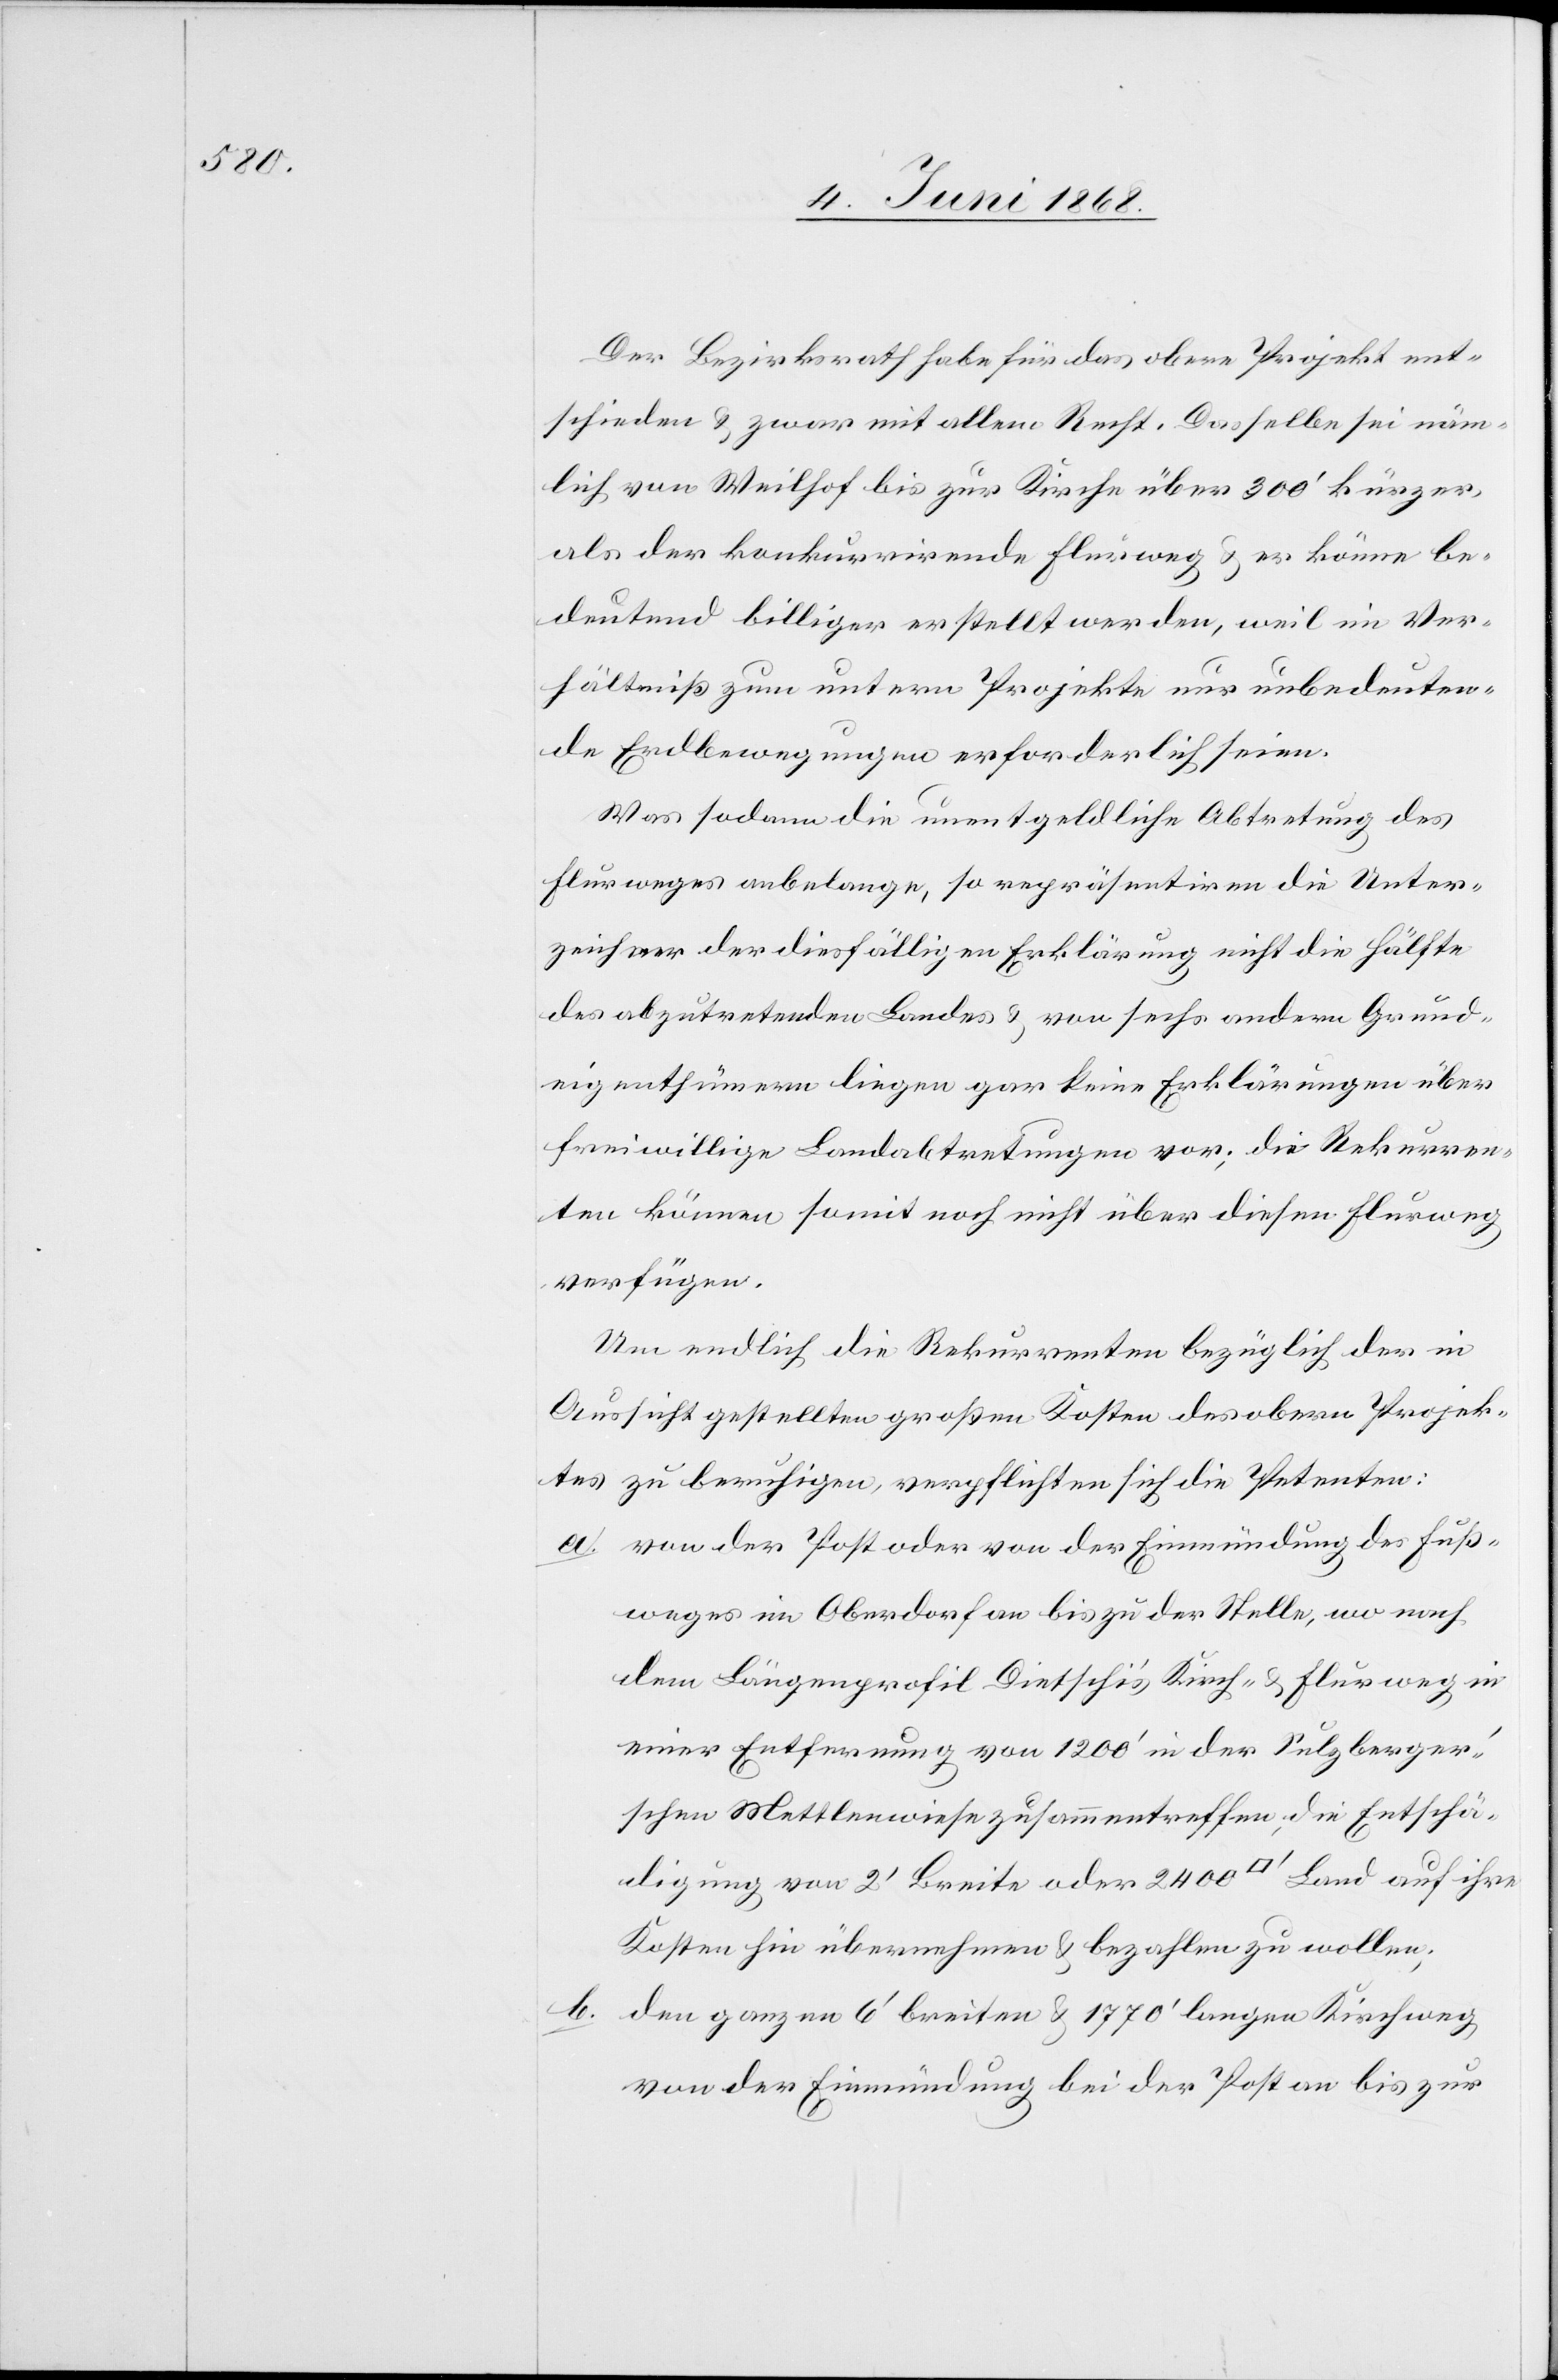
Der Bezirksrath habe für das obere Projekt ent¬
schieden & zwar mit allem Recht. Dasselbe sei näm¬
lich von Weilhof bis zur Kirche über 300‘ kürzer,
als der konkurrirende Flurweg & er könne be¬
deutend billiger erstellt werden, weil im Ver¬
hältniß zum untern Projekte nur unbedeuten¬
de Erdbewegungen erforderlich seien.
Was sodann die unentgeldliche Abtretung des
Flurweges anbelange, so repräsentiren die Unter¬
zeichner der diesfälligen Erklärung nicht die Hälfte
des abzutretenden Landes & von sechs andern Grund¬
eigenthümern liegen gar keine Erklärungen über
freiwillige Landabtretungen vor; die Rekurren¬
ten können somit noch nicht über diesen Flurweg
verfügen.
Um endlich die Rekurrenten bezüglich der in
Aussicht gestellten großen Kosten des obern Projek¬
tes zu beruhigen, verpflichten sich die Petenten:
von der Post oder von der Einmündung des Fuß¬
weges im Oberdorf an bis zu der Stelle, wo nach
dem Längenprofil Dietschi’s Kirch- & Flurweg in
einer Entfernung von 1200‘ in der Sulzberge¬
r’schen Mettlenwiese zusammentreffen, die Entschä¬
digung von 2‘ Breite oder 2400 [Quadratfuß] Land auf ihre
Kosten hin übernehmen & bezahlen zu wollen,
den ganzen 6‘ breiten & 1770‘ langen Kirchweg
von der Einmündung bei der Post an bis zur